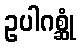
ဥပါဂစ္ဆုံ